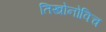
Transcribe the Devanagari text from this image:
तिखोनोविच